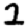
Digit: 2